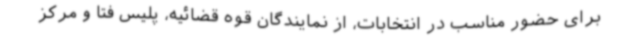
برای حضور مناسب در انتخابات، از نمایندگان قوه قضائیه، پلیس فتا و مرکز